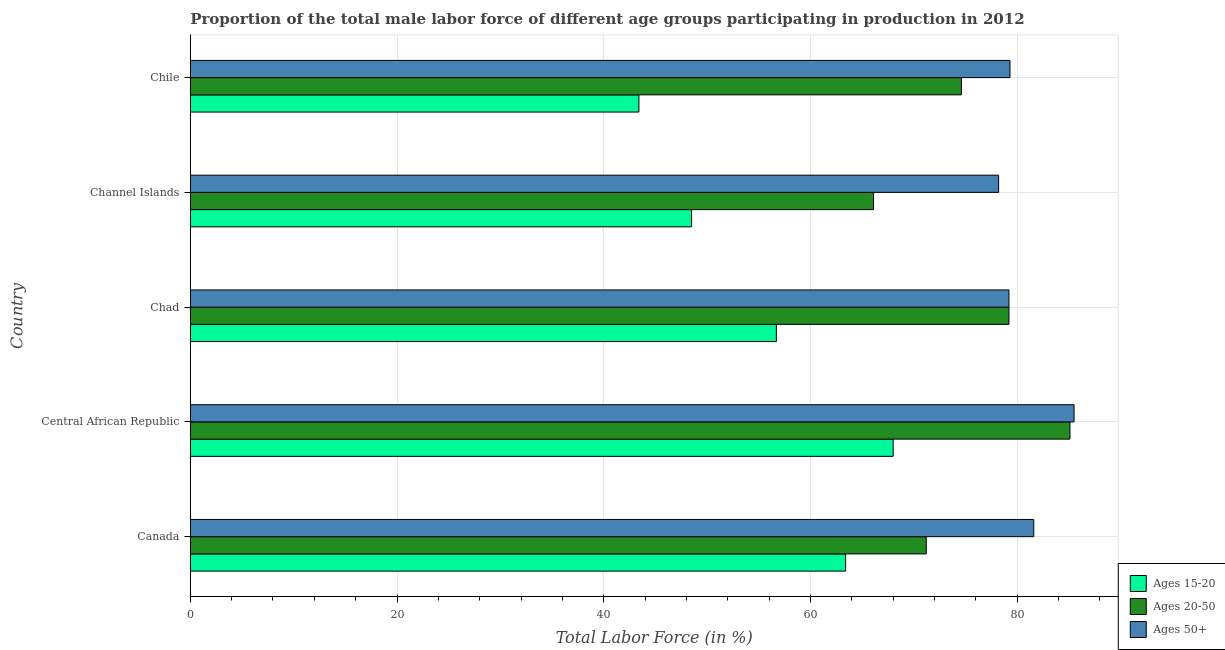
| Country | Ages 15-20 | Ages 20-50 | Ages 50+ |
 | --- | --- | --- | --- |
 | Canada | 63.4 | 71.2 | 81.6 |
 | Central African Republic | 68 | 85.1 | 85.5 |
 | Chad | 56.7 | 79.2 | 79.2 |
 | Channel Islands | 48.5 | 66.1 | 78.2 |
 | Chile | 43.4 | 74.6 | 79.3 |